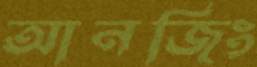
আনজিং